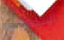
أستطيع